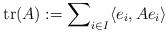
LaTeX: \begin{align*}\operatorname{tr}(A):=\sum\nolimits_{i\in I}\langle e_i,Ae_i\rangle\end{align*}